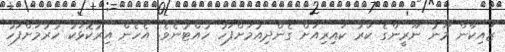
ޒައިކާން މޫނު ނޫރީންގެ ކަރު ކައިރިއަށް ގެންދިއުމަށްފަހު ހުއްޓުނެވެ. އެހެން އިރުކޮޅަކު ހުރުމަށްފަހު